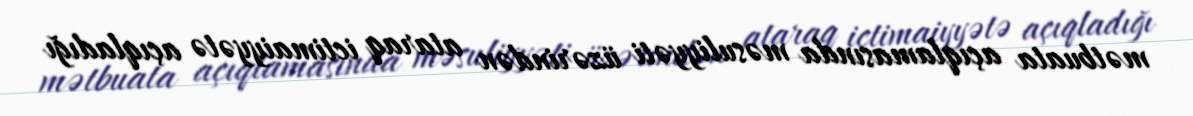
mətbuata açıqlamasında məsuliyyəti üzərindən ataraq ictimaiyyətə açıqladığı